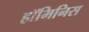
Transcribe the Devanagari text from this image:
हॉमिनिस